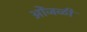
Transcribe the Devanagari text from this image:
ओंजळी